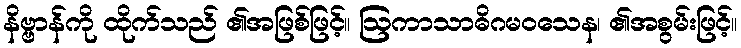
နိဗ္ဗာန်ကို ထိုက်သည် ၏အဖြစ်ဖြင့်။ ဩကာသာဓိဂမဝသေန၊ ၏အစွမ်းဖြင့်။